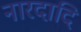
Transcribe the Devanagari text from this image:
नारदादि